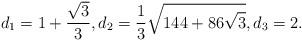
LaTeX: \begin{align*} d_{1} = 1+\frac{\sqrt{3}}{3} , d_{2} = \frac{1}{3} \sqrt{144 + 86 \sqrt{3}} , d_{3} =2 . \end{align*}